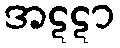
အဋဋာ